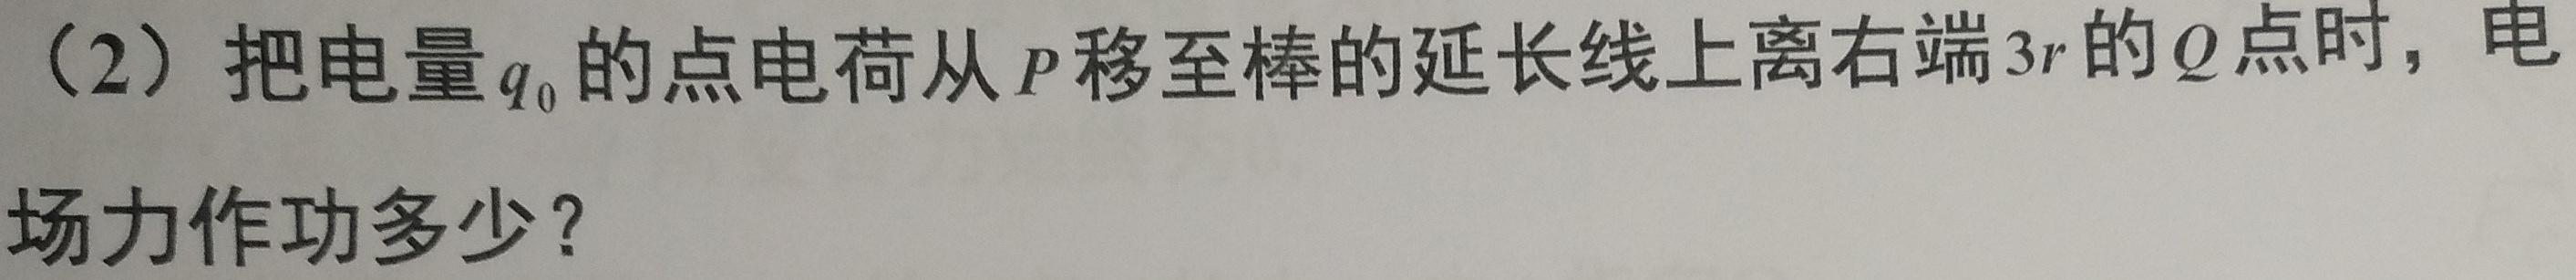
(2) 把电量$q_{0}$的点电荷从$P$移至棒的延长线上离右端$3r$的$Q$点时，电场力作功多少？